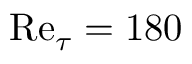
\ensuremath { \mathrm { R e } } _ { \tau } = 1 8 0